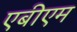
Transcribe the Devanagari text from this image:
एबीएम